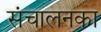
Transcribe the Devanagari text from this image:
संचालनका